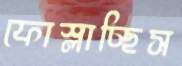
ফোস্‌লাচ্ছিস